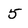
Character: 5